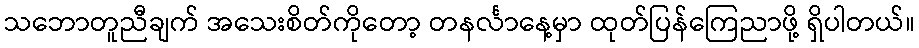
သဘောတူညီချက် အသေးစိတ်ကိုတော့ တနင်္လာနေ့မှာ ထုတ်ပြန်ကြေညာဖို့ ရှိပါတယ်။